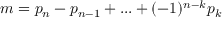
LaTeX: m = p _ { n } - p _ { n - 1 } + . . . + ( - 1 ) ^ { n - k } p _ { k }